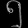
Digit: ၅